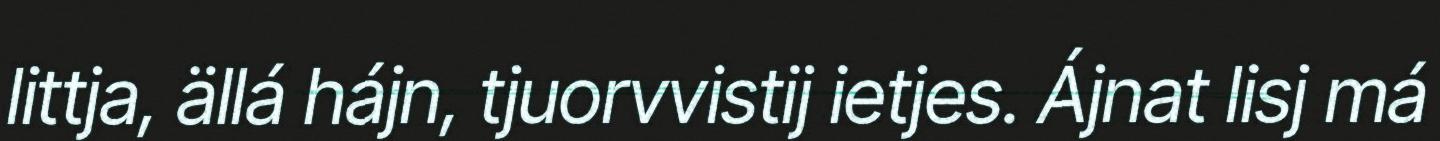
littja, ällá hájn, tjuorvvistij ietjes. Ájnat lisj má